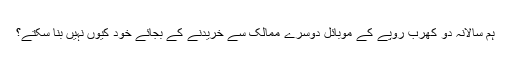
ہم سالانہ دو کھرب روپے کے موبائل دوسرے ممالک سے خریدنے کے بجائے خود کیوں نہیں بنا سکتے؟